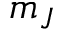
m _ { J }